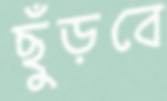
ছুঁড়বে